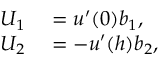
\begin{array} { r l } { U _ { 1 } } & { { } = u ^ { \prime } ( 0 ) b _ { 1 } , } \\ { U _ { 2 } } & { { } = - u ^ { \prime } ( h ) b _ { 2 } , } \end{array}